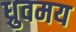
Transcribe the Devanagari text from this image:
ध्रुवमय